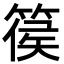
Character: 篌